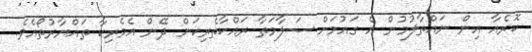
ކޮރެއާ އިން ނައްތާލުމުން އެ ގައުމަށް ސަލާމަތާ ރައްކާތެރިކަން ދޭން އެމެރިކާ ތައްޔާރުތޯއެވެ.